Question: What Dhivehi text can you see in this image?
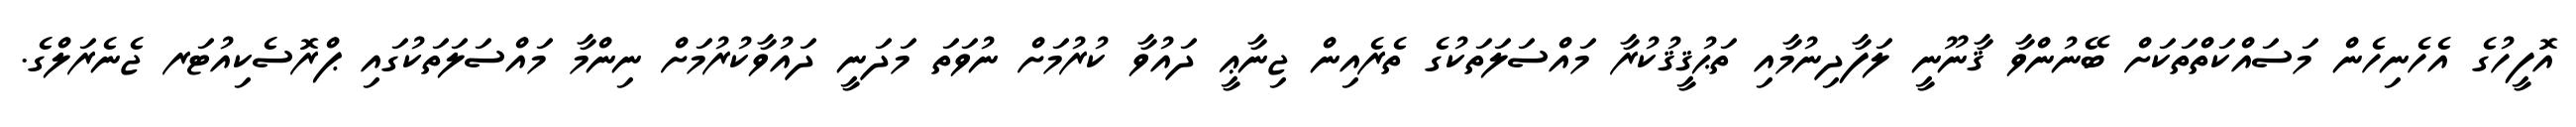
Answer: އޮފީހުގެ އެހެނިހެން މަސައްކަތްތަކަށް ބޭނުންވާ ޤާނޫނީ ލަފާދިނުމާއި ތަޙުޤީޤުކުރާ މައްސަލަތަކުގެ ތެރެއިން ޖިނާޢީ ދައުވާ ކުރުމަށް ނުވަތަ މަދަނީ ދައުވާކުރުމަށް ނިންމާ މައްސަލަތަކުގައި ޕްރޮސެކިއުޓަރ ޖެނެރަލްގެ.